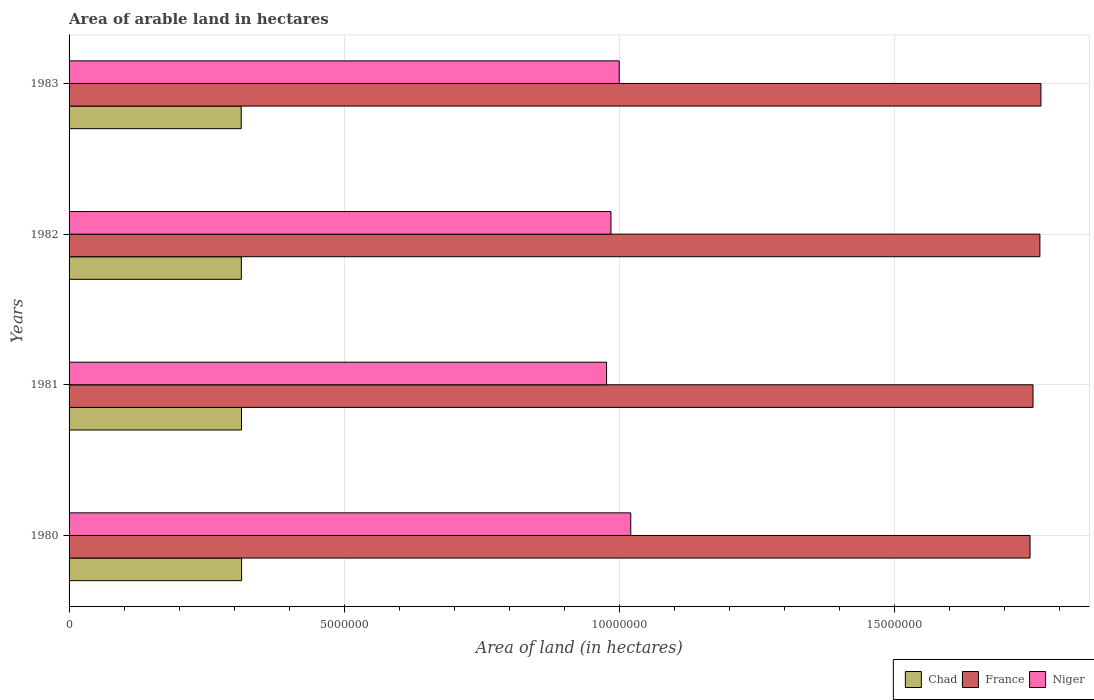
| Years | Chad | France | Niger |
 | --- | --- | --- | --- |
 | 1980 | 3.14e+06 | 1.75e+07 | 1.02e+07 |
 | 1981 | 3.14e+06 | 1.75e+07 | 9.77e+06 |
 | 1982 | 3.13e+06 | 1.77e+07 | 9.85e+06 |
 | 1983 | 3.13e+06 | 1.77e+07 | 1e+07 |